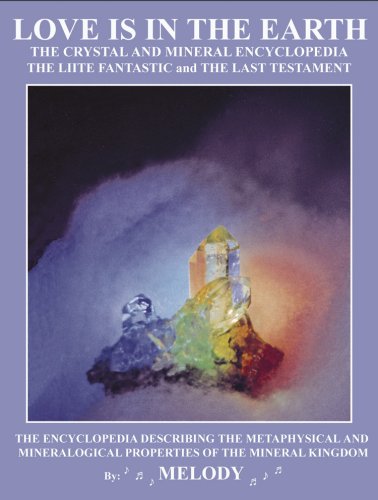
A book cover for LOVE IS IN THE EARTH: The Crystal & Mineral Encyclopedia--The LIITE Fantastic, The Last Testament; Melody; Religion & Spirituality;